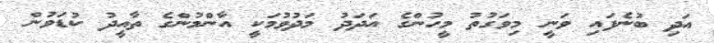
އަދި ބުނެފައި ވަނީ މިވަގުތު މީހުންގެ އަދަދު މަދުވުމަކީ އާންމުންގެ ތާއީދު ކުޑަވުން